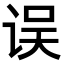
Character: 误